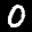
Label: 0